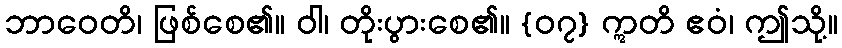
ဘာဝေတိ၊ ဖြစ်စေ၏။ ဝါ၊ တိုးပွားစေ၏။ {၀၇} ဣတိ ဧဝံ၊ ဤသို့။